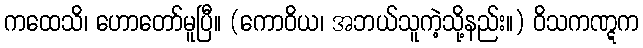
ကထေသိ၊ ဟောတော်မူပြီ။ (ကောဝိယ၊ အဘယ်သူကဲ့သို့နည်း။) ဝိသကဏ္ဋက